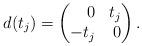
LaTeX: \begin{align*}d(t_j) = \begin{pmatrix*}[r]0 & t_j \\-t_j & 0\end{pmatrix*}.\end{align*}